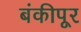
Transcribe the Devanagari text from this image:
बंकीपूर